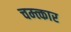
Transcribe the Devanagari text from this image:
चम्त्कार